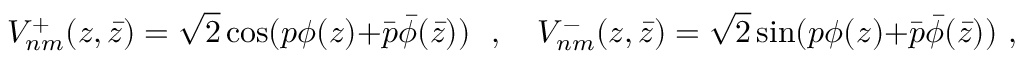
V _ { n m } ^ { + } ( z , \bar { z } ) = \sqrt { 2 } \cos ( p \phi ( z ) { + } \bar { p } \bar { \phi } ( \bar { z } ) ) ~ ~ , ~ ~ ~ V _ { n m } ^ { - } ( z , \bar { z } ) = \sqrt { 2 } \sin ( p \phi ( z ) { + } \bar { p } \bar { \phi } ( \bar { z } ) ) ~ , ~ ~ ~